Manual of vaccination for the United Provinces of Agra and Oudh -
Year: 1903
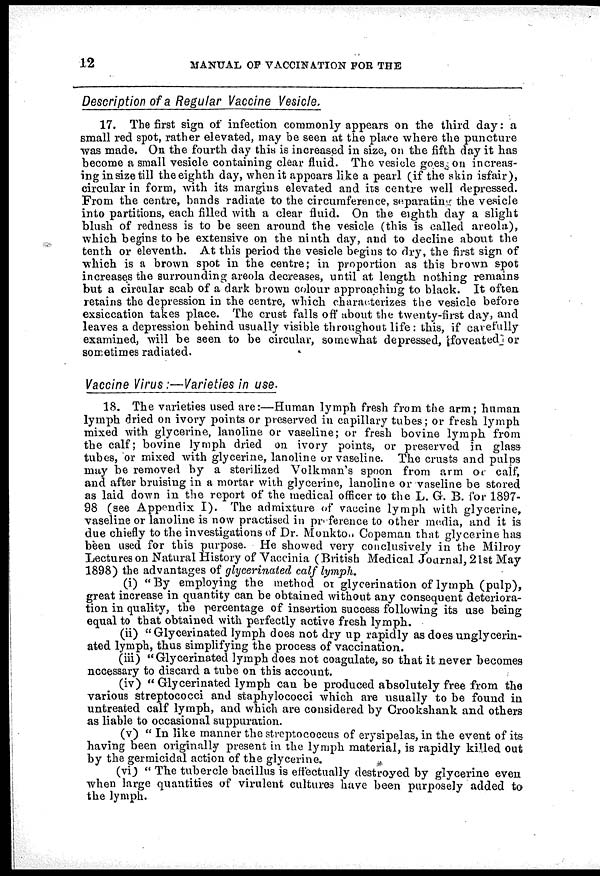
12
MANUAL OF VACCINATION FOR THE
Description of a Regular Vaccine Vesicle.
17. The first sign of infection commonly appears on the third day: a
small red spot, rather elevated, may be seen at the place where the puncture
was made. On the fourth day this is increased in size, on the fifth day it has
become a small vesicle containing clear fluid. The vesicle goes on increas-
ing in size till the eighth day, when it appears like a pearl (if the skin isfair),
circular in form, with its margins elevated and its centre well depressed.
From the centre, bands radiate to the circumference, separating the vesicle
into partitions, each filled with a clear fluid. On the eighth day a slight
blush of redness is to be seen around the vesicle (this is called areola),
which begins to be extensive on the ninth day, and to decline about the
tenth or eleventh. At this period the vesicle begins to dry, the first sign of
which is a brown spot in the centre; in proportion as this brown spot
increases the surrounding areola decreases, until at length nothing remains
but a circular scab of a dark brown colour approaching to black. It often
retains the depression in the centre, which characterizes the vesicle before
exsiccation takes place. The crust falls off about the twenty-first day, and
leaves a depression behind usually visible throughout life: this, if carefully
examined, will be seen to be circular, somewhat depressed, foveated or
sometimes radiated.
Vaccine Virus:—Varieties in use.
18. The varieties used are:—Human lymph fresh from the arm; human
lymph dried on ivory points or preserved in capillary tubes; or fresh lymph
mixed with glycerine, lanoline or vaseline; or fresh bovine lymph from
the calf; bovine lymph dried on ivory points, or preserved in glass
tubes, or mixed with glycerine, lanoline or vaseline. The crusts and pulps
may be removed by a sterilized Volkman's spoon from arm or calf,
and after bruising in a mortar with glycerine, lanoline or vaseline be stored
as laid down in the report of the medical officer to the L. G. B. for 1897-
98 (see Appendix I). The admixture of vaccine lymph with glycerine,
vaseline or lanoline is now practised in preference to other media, and it is
due chiefly to the investigations of Dr. Monkto.. Copeman that glycerine has
been used for this purpose. He showed very conclusively in the Milroy
Lectures on Natural History of Vaccinia (British Medical Journal, 21st May
1898) the advantages of glycerinated calf lymph.
(i) "By employing the method or glycerination of lymph (pulp),
great increase in quantity can be obtained without any consequent deteriora-
tion in quality, the percentage of insertion success following its use being
equal to that obtained with perfectly active fresh lymph.
(ii) " Glycerinated lymph does not dry up rapidly as does unglycerin-
ated lymph, thus simplifying the process of vaccination.
(iii) "Glycerinated lymph does not coagulate, so that it never becomes
necessary to discard a tube on this account.
(iv) " Glycerinated lymph can be produced absolutely free from the
various streptococci and staphylococci which are usually to be found in
untreated calf lymph, and which are considered by Crookshank and others
as liable to occasional suppuration.
(v) " In like manner the streptococcus of erysipelas, in the event of its
having been originally present in the lymph material, is rapidly killed out
by the germicidal action of the glycerine.
(vi) " The tubercle bacillus is effectually destroyed by glycerine even
when large quantities of virulent cultures have been purposely added to
the lymph.